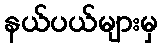
နယ်ပယ်များမှ